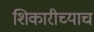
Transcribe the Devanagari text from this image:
शिकारीच्याच